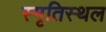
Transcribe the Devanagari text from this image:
स्मृतिस्थल